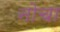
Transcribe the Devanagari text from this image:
नोचा